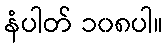
နံပါတ် ၁၀၈ပါ။